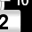
Digit: 2